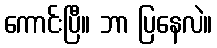
ကောင်းပြီ။ ဘာ ပြနေလဲ။